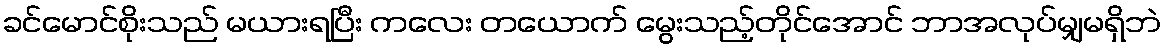
ခင်မောင်စိုးသည် မယားရပြီး ကလေး တယောက် မွေးသည့်တိုင်အောင် ဘာအလုပ်မျှမရှိဘဲ